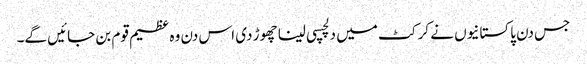
جس دن پاکستانیوں نے کرکٹ میں دلچسپی لینا چھوڑ دی اس دن وہ عظیم قوم بن جائیں گے۔